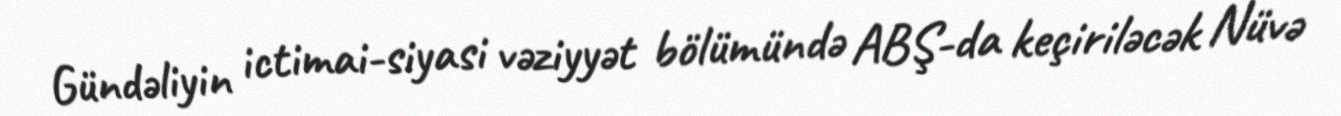
Gündəliyin ictimai-siyasi vəziyyət bölümündə ABŞ-da keçiriləcək Nüvə